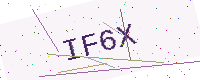
Text: IF6X